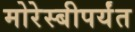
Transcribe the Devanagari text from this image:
मोरेस्बीपर्यंत